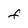
Character: F